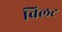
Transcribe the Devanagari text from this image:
विलट